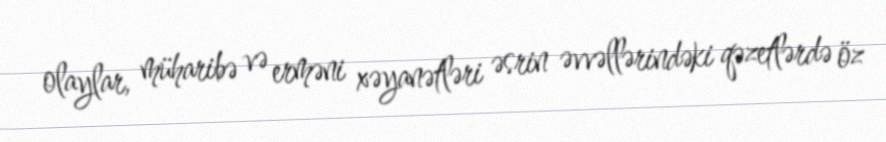
olaylar, müharibə və erməni xəyanətləri əsrin əvvəllərindəki qəzetlərdə öz